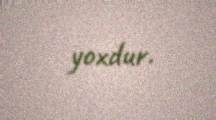
yoxdur.